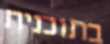
בתוכנית